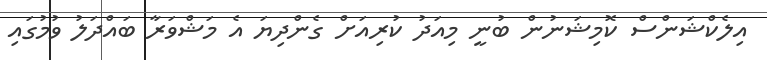
އިލެކްޝަންސް ކޮމިޝަނުން ބުނީ މިއަދު ކުރިއަށް ގެންދިޔަ އެ މަޝްވަރާ ބައްދަލު ވުމުގައި